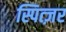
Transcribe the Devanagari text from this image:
स्पित्ज़र